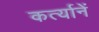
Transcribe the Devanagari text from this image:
कर्त्यानें